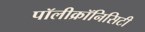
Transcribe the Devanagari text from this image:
पॉलीक्रॉनिसिटी